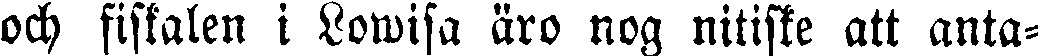
och fiskalen i Lowisa äro nog nitiske att anta-